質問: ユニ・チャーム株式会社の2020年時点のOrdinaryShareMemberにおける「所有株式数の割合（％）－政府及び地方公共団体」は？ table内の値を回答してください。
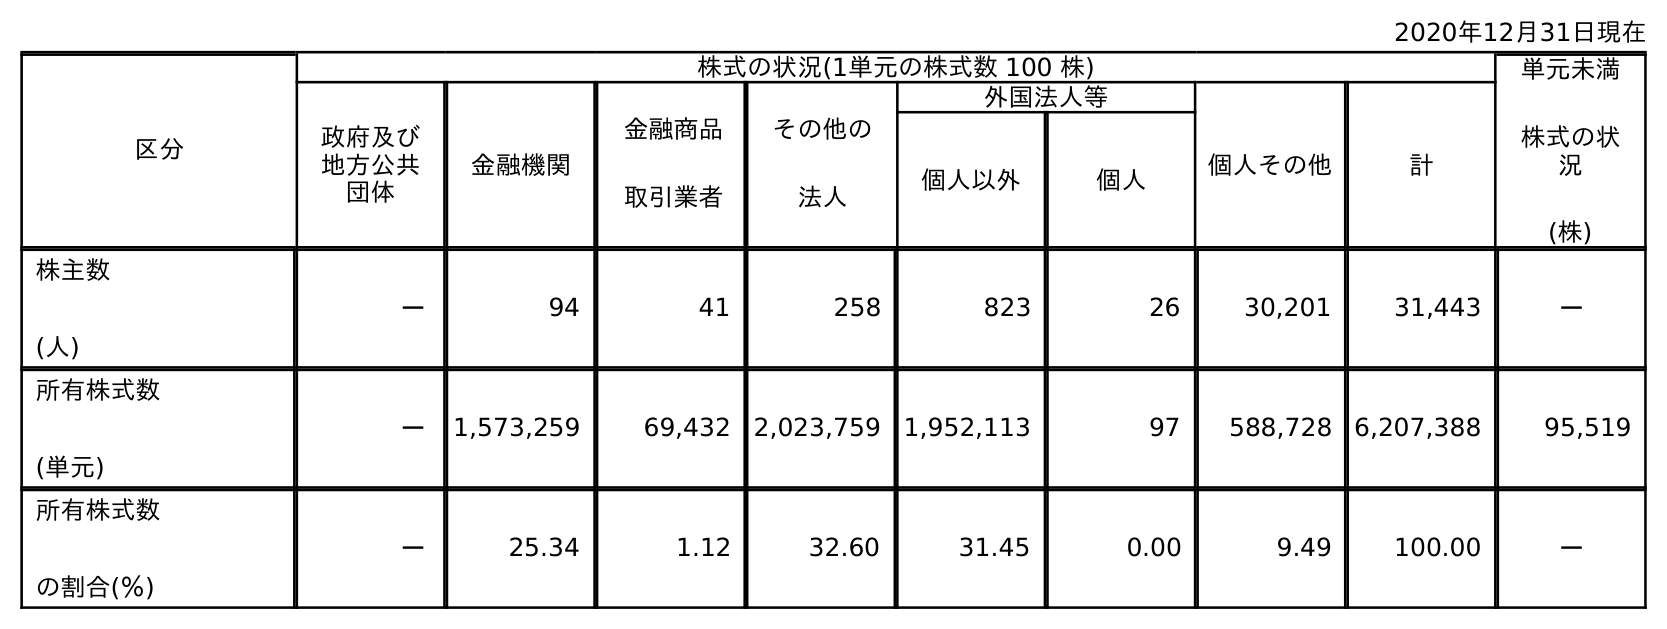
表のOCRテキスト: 2020年12月31日現在 区分 株式の状況(1単元の株式数 100 株) 単元未満 株式の状 況 (株) 政府及び 地方公共 団体 金融機関 金融商品 取引業者 その他の 法人 外国法人等 個人その他 計 個人以外 個人 株主数 (人) － 94 41 258 823 26 30,201 31,443 － 所有株式数 (単元) － 1,573,259 69,432 2,023,759 1,952,113 97 588,728 6,207,388 95,519 所有株式数 の割合(％) － 25.34 1.12 32.60 31.45 0.00 9.49 100.00 －
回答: －